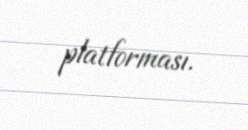
platforması.